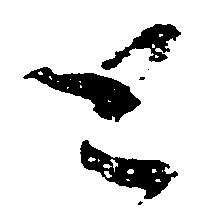
と